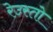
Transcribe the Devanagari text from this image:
रेउस्तो